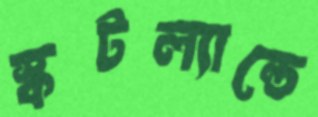
স্কটল্যান্ডে